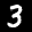
Label: 3